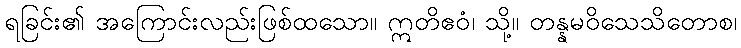
ရခြင်း၏ အကြောင်းလည်းဖြစ်ထသော။ ဣတိဧဝံ၊ သို့။ တန္နမဝိသေသိတောစ၊